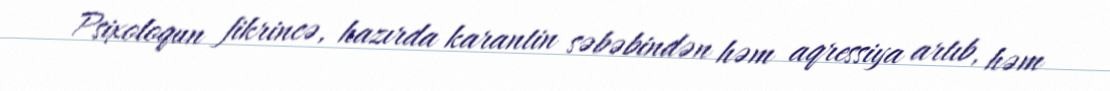
Psixoloqun fikrincə, hazırda karantin səbəbindən həm aqressiya artıb, həm